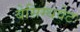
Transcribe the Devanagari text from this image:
बेसिंग्थवेट